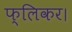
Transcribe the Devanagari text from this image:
फ्लिकर।